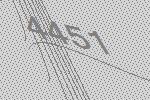
4451